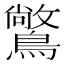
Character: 𪅶